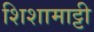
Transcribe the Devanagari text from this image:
शिशामाट्टी